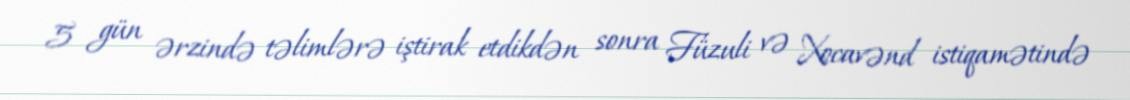
5 gün ərzində təlimlərə iştirak etdikdən sonra Füzuli və Xocavənd istiqamətində